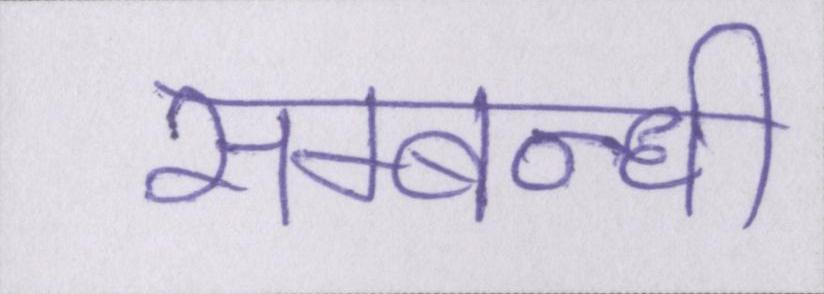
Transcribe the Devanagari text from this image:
सम्बन्धी